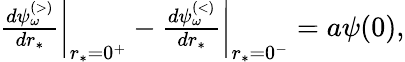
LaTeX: \begin{array}{r}{\frac{d\psi_{\omega}^{\scriptscriptstyle(>)}}{dr_{*}}\bigg|_{r_{*}=0^{+}}-\frac{d\psi_{\omega}^{\scriptscriptstyle(<)}}{dr_{*}}\bigg|_{r_{*}=0^{-}}=a\psi(0),}\end{array}